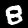
Label: 8